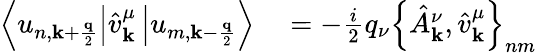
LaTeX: \begin{array}{rl}{\left\langle u_{n,\mathbf{k}+\frac{\mathbf{q}}{2}}\right\vert\hat{v}_{\mathbf{k}}^{\mu}\left\vert u_{m,\mathbf{k}-\frac{\mathbf{q}}{2}}\right\rangle}&{{}=-\frac{i}{2}q_{\nu}\left\{ \hat{A}_{\mathbf{k}}^{\nu},\hat{v}_{\mathbf{k}}^{\mu}\right\} _{nm}}\end{array}